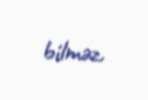
bilməz.